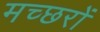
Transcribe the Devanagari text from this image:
मच्‍छरों